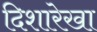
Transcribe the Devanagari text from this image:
दिशारेखा